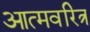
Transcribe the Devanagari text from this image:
आत्मवरित्र